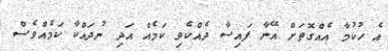
އެ ހުކުމާ އެއްގޮތަށް އޭނާ ފައިސާ ދެއްކެވި ކަމެއް އަދި ނުދައްކާ ކަމެއްވެސް